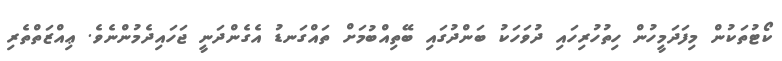
ކޯޓުތަކުން މިފަދަމީހުން ހިތުހުރިހައި ދުވަހަކު ބަންދުގައި ބޭތިއްބުމަށް ތައްގަނޑު އެގެންދަނީ ޖަހައިދެމުންނެވެ. ޢިއްޒަތްތެރި